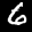
Label: 6